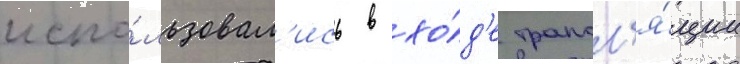
испо́льзовал'ись в хо́д'е трансл'я́ции